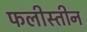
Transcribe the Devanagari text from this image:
फलीस्‍तीन